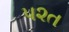
૫૨ત